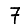
Digit: 7